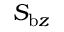
S _ { \mathrm { b } z }